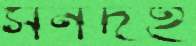
সনদই